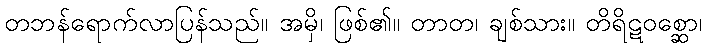
တဘန်ရောက်လာပြန်သည်။ အမှိ၊ ဖြစ်၏။ တာတ၊ ချစ်သား။ တိရိဋဝစ္ဆော၊